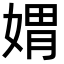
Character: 媦